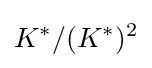
K^{*}/(K^{*})^{2}